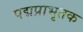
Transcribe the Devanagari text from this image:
पद्मप्राभृतक